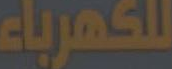
للكهرباء